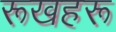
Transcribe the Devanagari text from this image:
रूखहरू